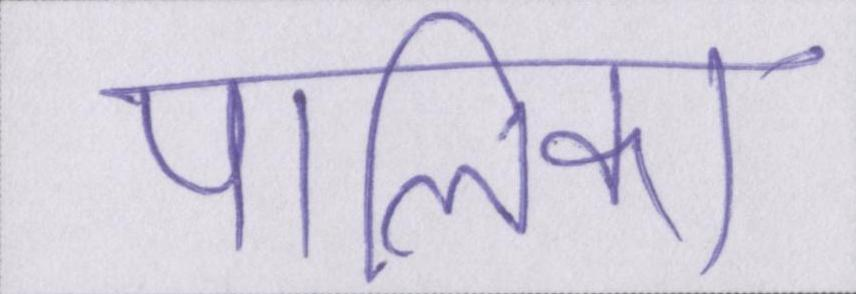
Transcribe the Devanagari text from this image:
पालिका